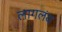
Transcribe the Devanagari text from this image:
लागलंय